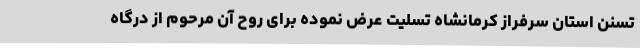
تسنن استان سرفراز کرمانشاه تسلیت عرض نموده برای روح آن مرحوم از درگاه